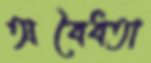
অবৈধতা